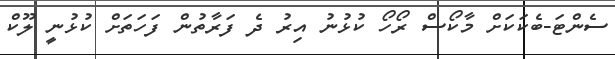
ސެންޓަ-ބެކަކަށް މާކޯސް ރޯހޯ ކުޅުނު އިރު ދެ ފަރާތުން ފަހަތަށް ކުޅުނީ ލޫކް